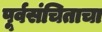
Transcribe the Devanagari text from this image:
पूर्वसंचिताचा